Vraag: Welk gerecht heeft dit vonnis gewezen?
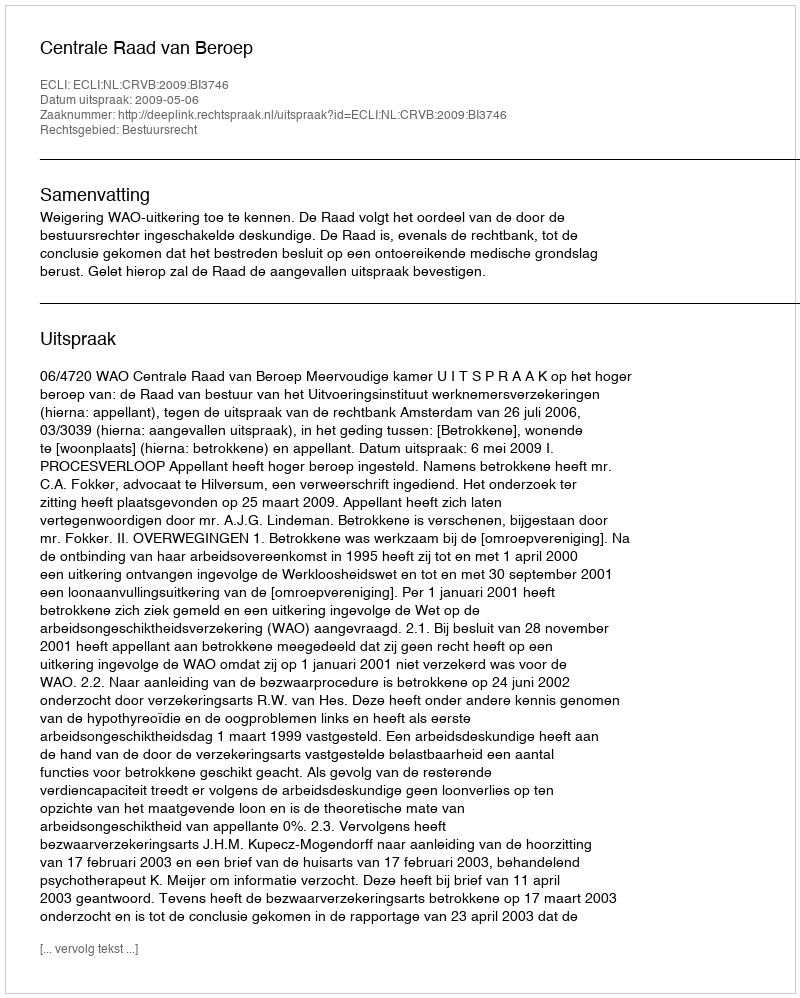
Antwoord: Centrale Raad van Beroep